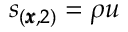
s _ { ( \pmb { x } , 2 ) } = \rho u